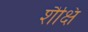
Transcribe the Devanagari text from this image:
शैक्षि